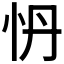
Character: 𭜗